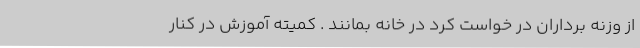
از وزنه برداران در خواست کرد در خانه بمانند . کمیته آموزش در کنار